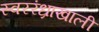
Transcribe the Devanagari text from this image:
स्वररंध्राखाली